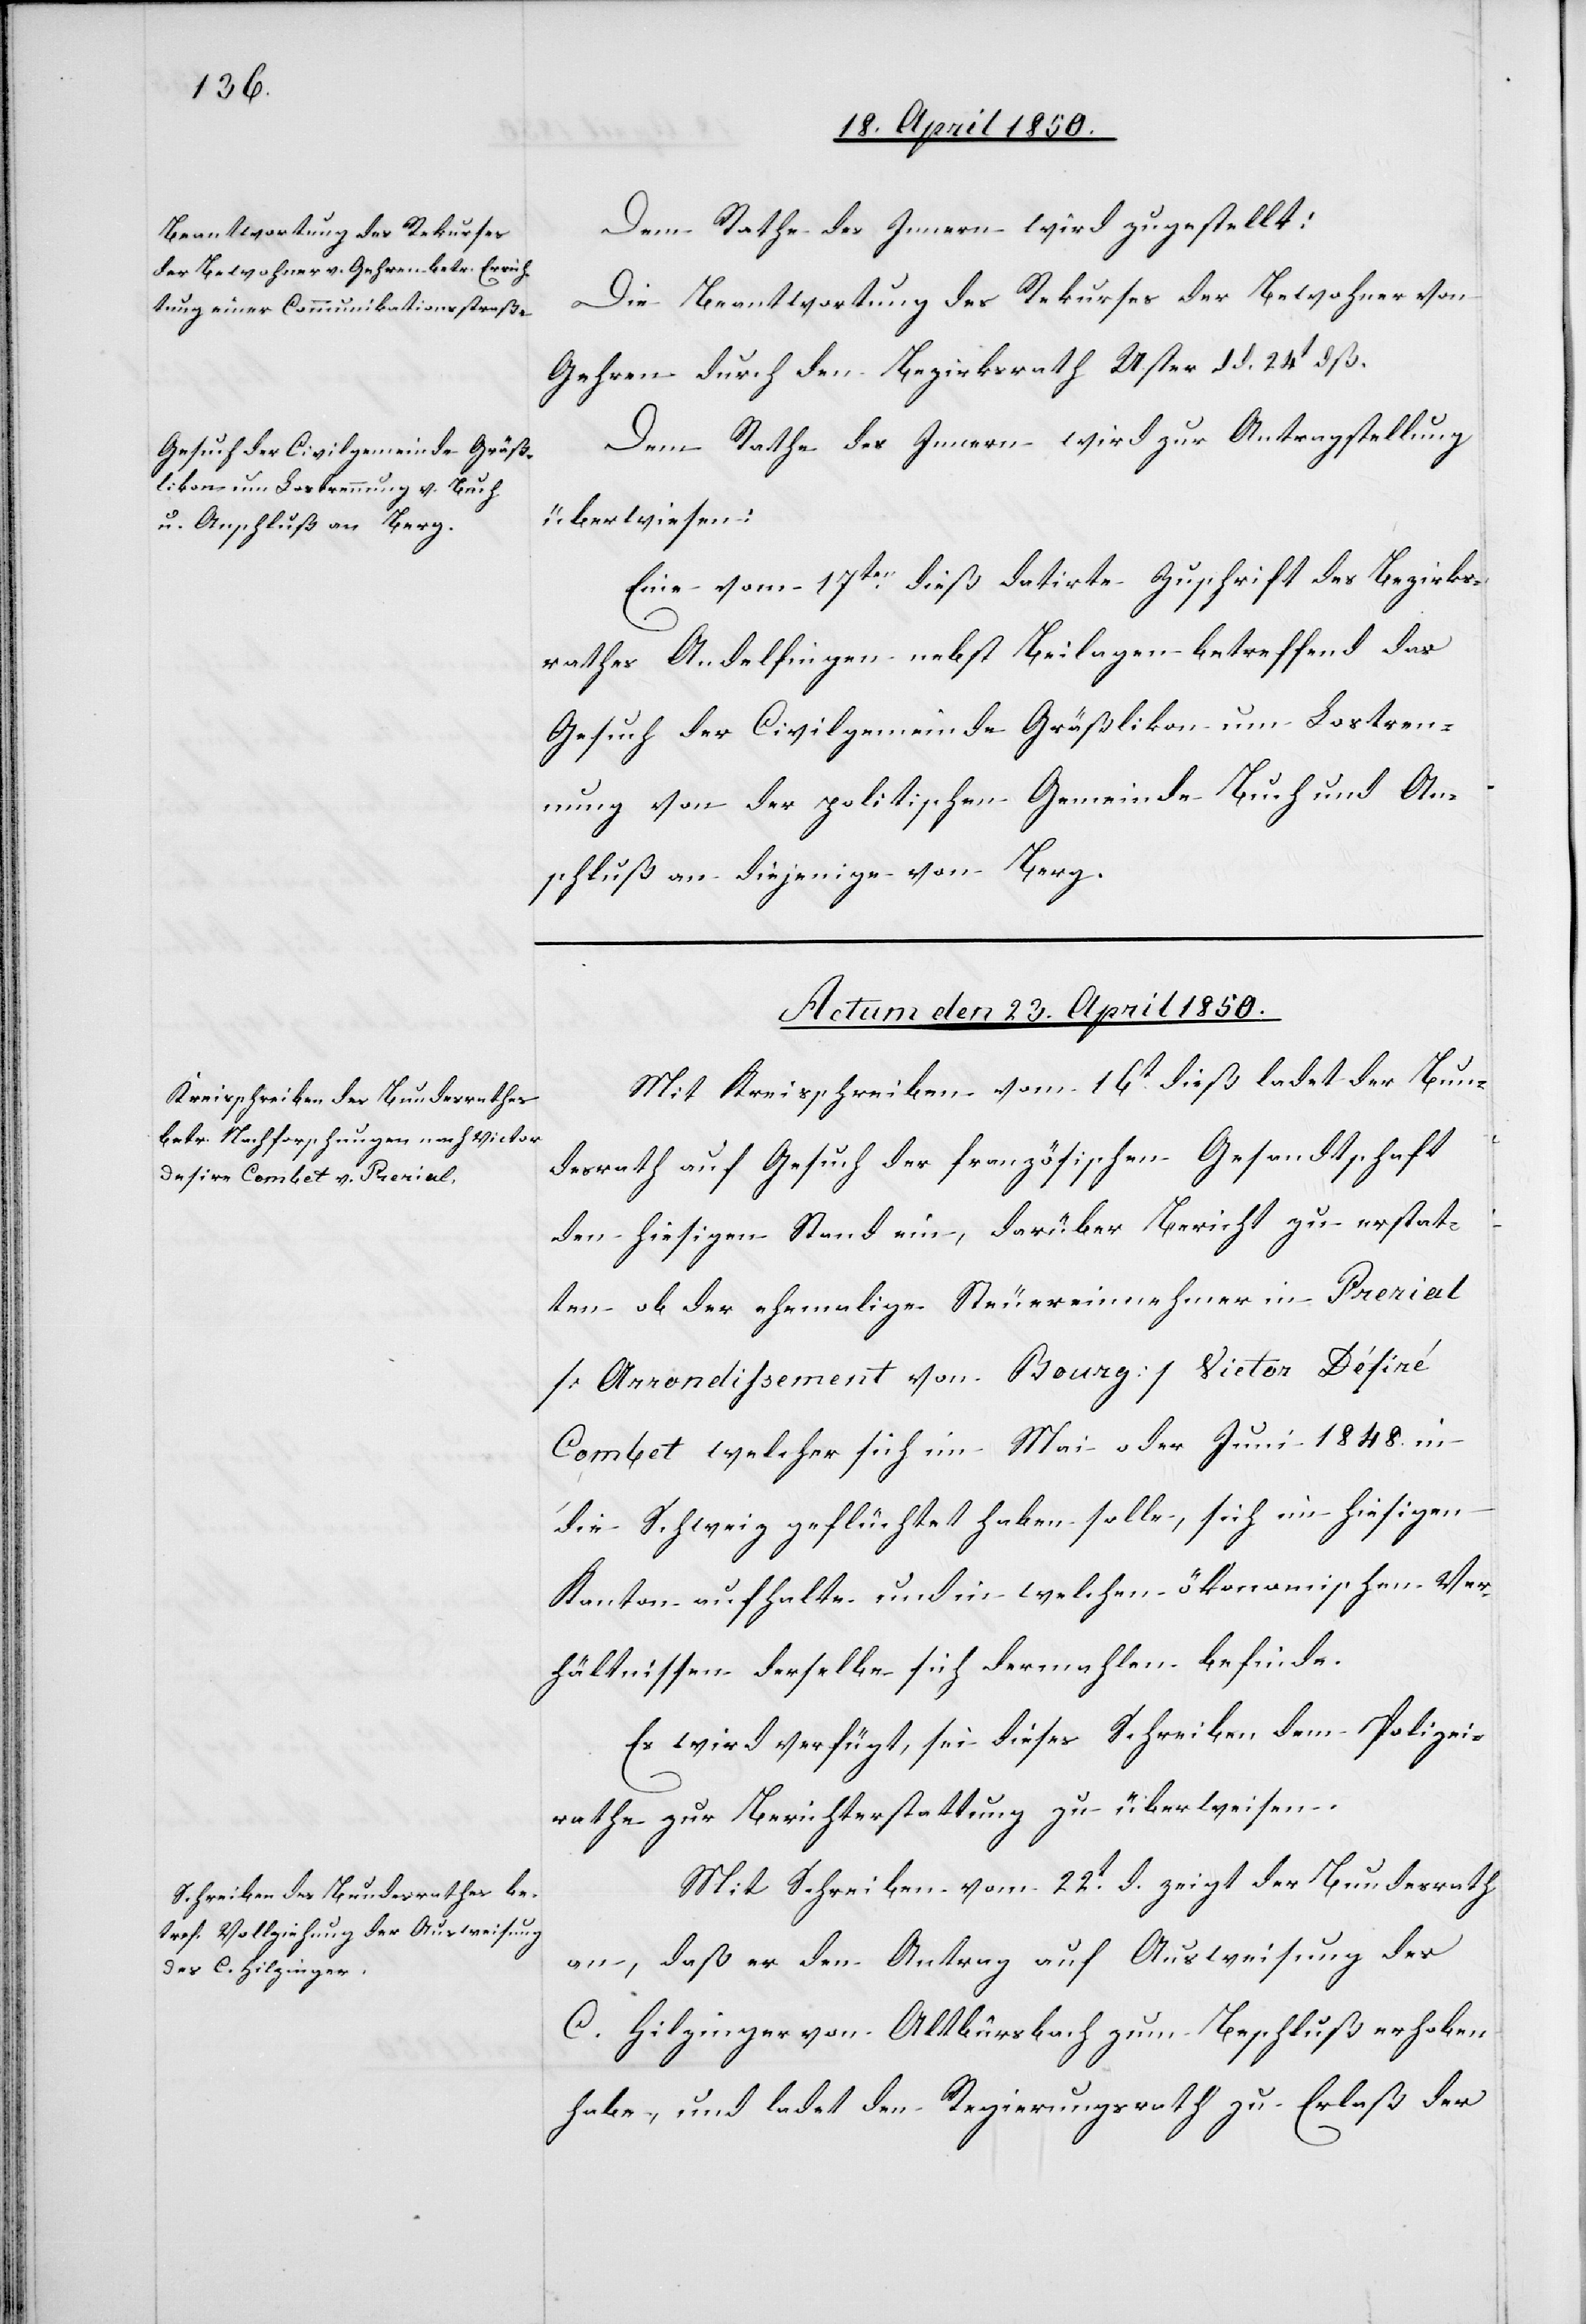
Dem Rathe des Innern wird zugestellt:
Die Beantwortung des Rekurses der Bewohner von
Gehren durch den Bezirksrath Uster d. d. 24t dß.
Dem Rathe des Innern wird zur Antragstellung
überwiesen:
Eine vom 17ten dieß datirte Zuschrift des Bezirks¬
rathes Andelfingen nebst Beilagen betreffend das
Gesuch der Civilgemeinde Gräßlikon um Lostren¬
nung von der politischen Gemeinde Buch und An¬
schluß an diejenige von Berg.
Actum den 23. April 1850.]
Mit Kreisschreiben vom 16t dieß ladet der Bun¬
desrath auf Gesuch der französischen Gesandtschaft
den hiesigen Stand ein, darüber Bericht zu erstat¬
ten ob der ehemalige Steuereinnehmer in Prerial
[Arrondissement von Bourg] Victor Désiré
Combet welcher sich im Mai oder Juni 1848. in
die Schweiz geflüchtet haben solle, sich im hiesigen
Kanton aufhalte und in welchen ökonomischen Ver¬
hältnissen derselbe sich dermahlen befinde.
Es wird verfügt, sei dieses Schreiben dem Polizei¬
rathe zur Berichterstattung zu überweisen.
Mit Schreiben vom 22t d. zeigt der Bundesrath
an, daß er den Antrag auf Ausweisung des
C. Hilzinger von Altbürsbach zum Beschluß erhoben
habe, und ladet den Regierungsrath zu Erlaß der